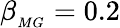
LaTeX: \beta_{_{MG}}=0.2